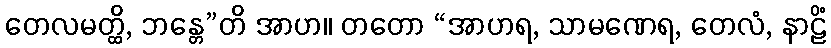
တေလမတ္ထိ, ဘန္တေ”တိ အာဟ။ တတော “အာဟရ, သာမဏေရ, တေလံ, နာဠိံ